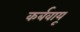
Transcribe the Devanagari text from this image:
कर्बवायू